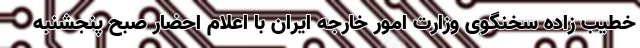
خطیب زاده سخنگوی وزارت امور خارجه ایران با اعلام احضار صبح پنجشنبه